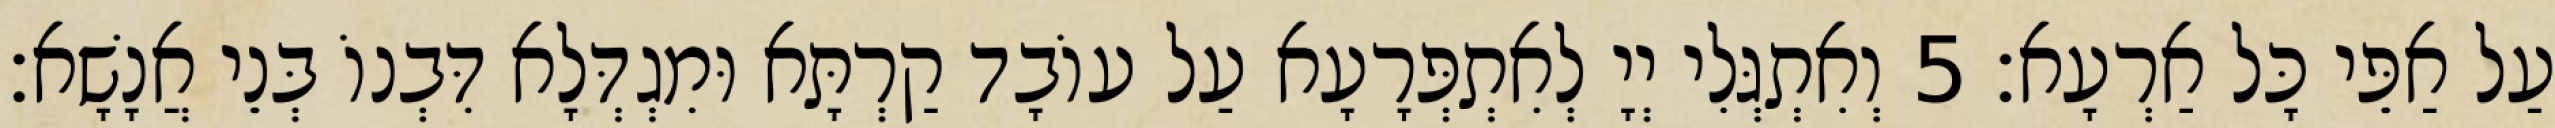
עַל אַפֵּי כָּל אַרְעָא׃ 5 וְאִתְגְּלִי יְיָ לְאִתְפְּרָעָא עַל עוֹבָד קַרְתָּא וּמִגְדְּלָא דִּבְנוֹ בְּנֵי אֲנָשָׁא׃